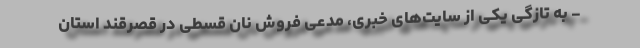
- به تازگی یکی از سایت‌های خبری، مدعی فروش نان قسطی در قصرقند استان